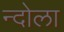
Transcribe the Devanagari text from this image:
न्दोला